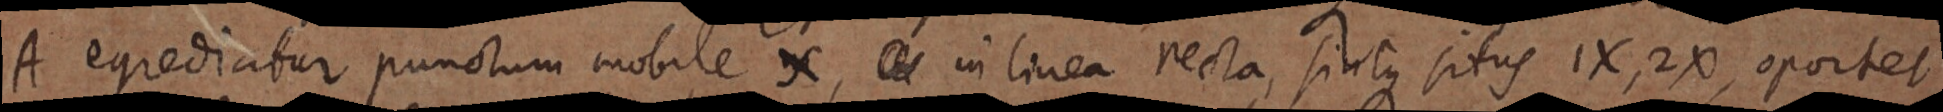
A egrediatur punctum mobile X, _ in linea recta, sintque situs 1X, 2X, oportet